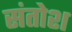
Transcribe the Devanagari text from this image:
संतोश